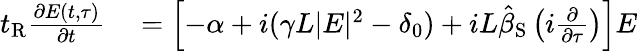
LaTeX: \begin{array}{rl}{t_{\mathrm{R}}\frac{\partial E(t,\tau)}{\partial t}}&{{}=\left[-\alpha+i(\gamma L|E|^{2}-\delta_{0})+iL\hat{\beta}_{\mathrm{S}}\left(i\frac{\partial}{\partial\tau}\right)\right]E}\end{array}